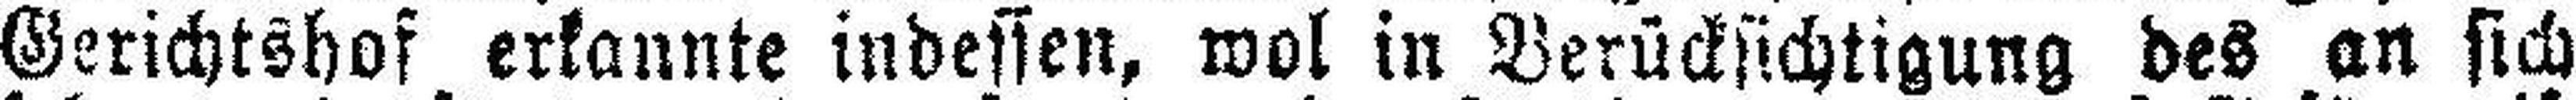
Gerichtshof erkannte indessen, wol in Berücksichtigung des an sich